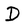
Character: D